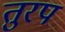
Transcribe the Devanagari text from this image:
तुरप